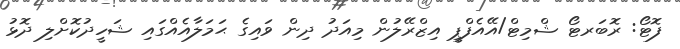
ފޮޓޯ: ރޮބަރޓޯ ޝްމިޓް/އޭއެފްޕީ އިޒްރޭލުން މިއަދު ދިން ވައިގެ ޙަމަލާއެއްގައި ޝަހީދުކޮށްލި ދޮޅު